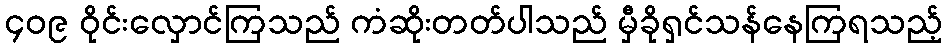
၄၀၉ ဝိုင်းလှောင်ကြသည် ကံဆိုးတတ်ပါသည် မှီခိုရှင်သန်နေကြရသည့်